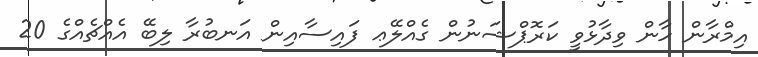
އިމްރާން ހާން ވިދާޅުވީ ކަރޮޕްޝަނުން ގެއްލޭޢ ފައިސާއިން އަނބުރާ ލިބޭ އެއްޗެއްގެ 20